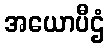
အယောပီဌံ